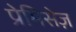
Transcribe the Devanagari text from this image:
प्रेमिसेज़